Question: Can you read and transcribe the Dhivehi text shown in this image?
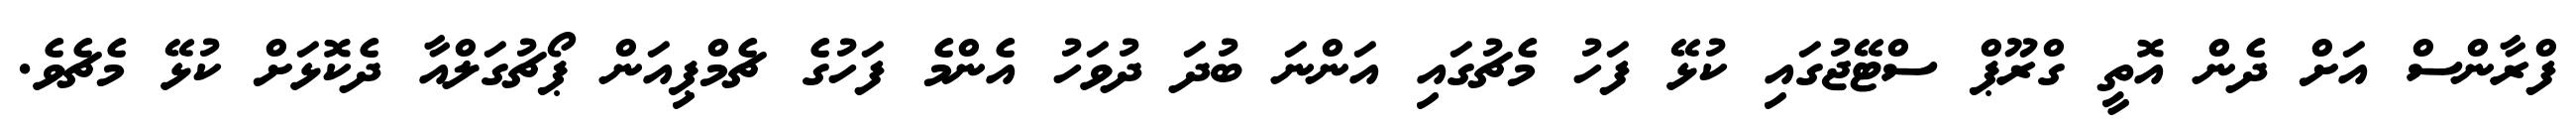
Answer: ފްރާންސް އަށް ދެން އޮތީ ގްރޫޕް ސްޓޭޖުގައި ކުޅޭ ފަހު މެޗުގައި އަންނަ ބުދަ ދުވަހު އެންމެ ފަހުގެ ޗެމްޕިއަން ޕޯޗުގަލްއާ ދެކޮޅަށް ކުޅޭ މެޗެވެ.